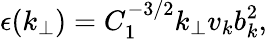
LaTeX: \epsilon(k_{\perp})=C_{1}^{-3/2}k_{\perp}v_{k}b_{k}^{2},